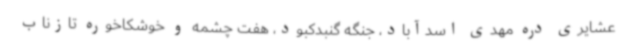
عشایری دره مهدی اسدآباد، جنگه گنبدکبود، هفت چشمه و خوشکاخوره تازناب